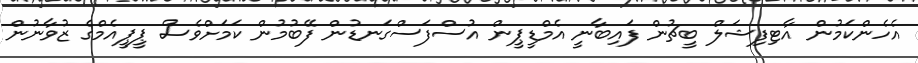
އެހެންކަމުން އާޓިފިޝަލް ބީޗުން ފައިބާނީ އެމްޑީޕީން އުސްފަސްގަނޑުން ފޭބުމުން ކަމަށްވެސް ޕީޕީއެމްގެ ޒުވާނުން